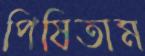
পিষিতাম